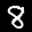
Digit: 8